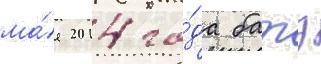
ма́я 2014 го́да батэ